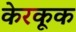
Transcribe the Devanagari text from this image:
केरकूक